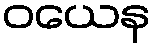
ဝယေန